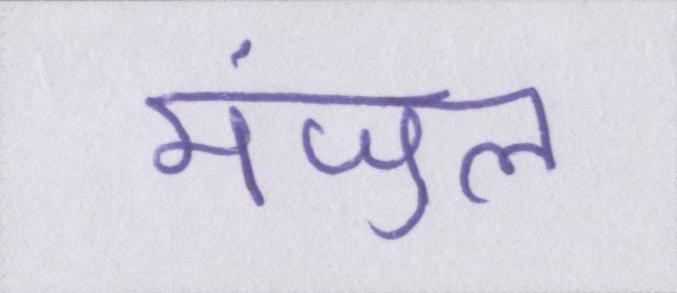
मंजुल